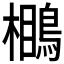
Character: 𪃥